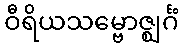
ဝီရိယသမ္ဗောဇ္ဈင်္ဂံ